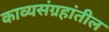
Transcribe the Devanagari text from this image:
काव्यसंग्रहांतील